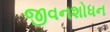
જીવનશોધન